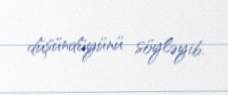
düşündüyünü söyləyib.